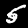
Label: 5